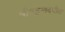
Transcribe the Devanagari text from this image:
श्रीमद्भग्वदगीता